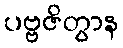
ပဗ္ဗဇိတွာန